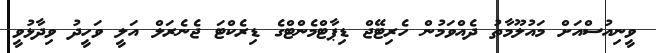
ވީނިއުސްއަށް މައުލޫމާތު ދެއްވަމުން ހެރިޓޭޖް ޑިޕާޓްމެންޓްގެ ޑިރެކްޓަ ޖެނެރަލް އަލީ ވަހީދު ވިދާޅުވީ